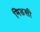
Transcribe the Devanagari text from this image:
मिडसी